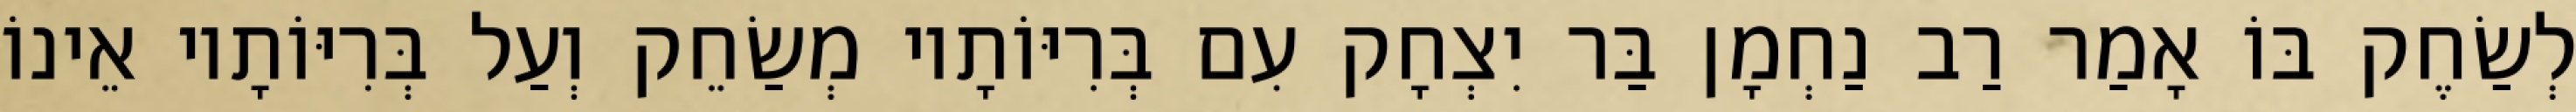
לְשַׂחֶק בּוֹ אָמַר רַב נַחְמָן בַּר יִצְחָק עִם בְּרִיּוֹתָיו מְשַׂחֵק וְעַל בְּרִיּוֹתָיו אֵינוֹ